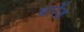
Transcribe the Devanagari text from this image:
बारेंड